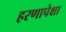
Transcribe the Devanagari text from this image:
हरणापेक्षा